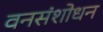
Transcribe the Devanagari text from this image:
वनसंशोधन